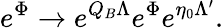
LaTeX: e^{\Phi}\to e^{Q_{B}\Lambda}e^{\Phi}e^{\eta_{0}\Lambda^{\prime}}.